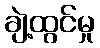
ချဲ့ထွင်မှု